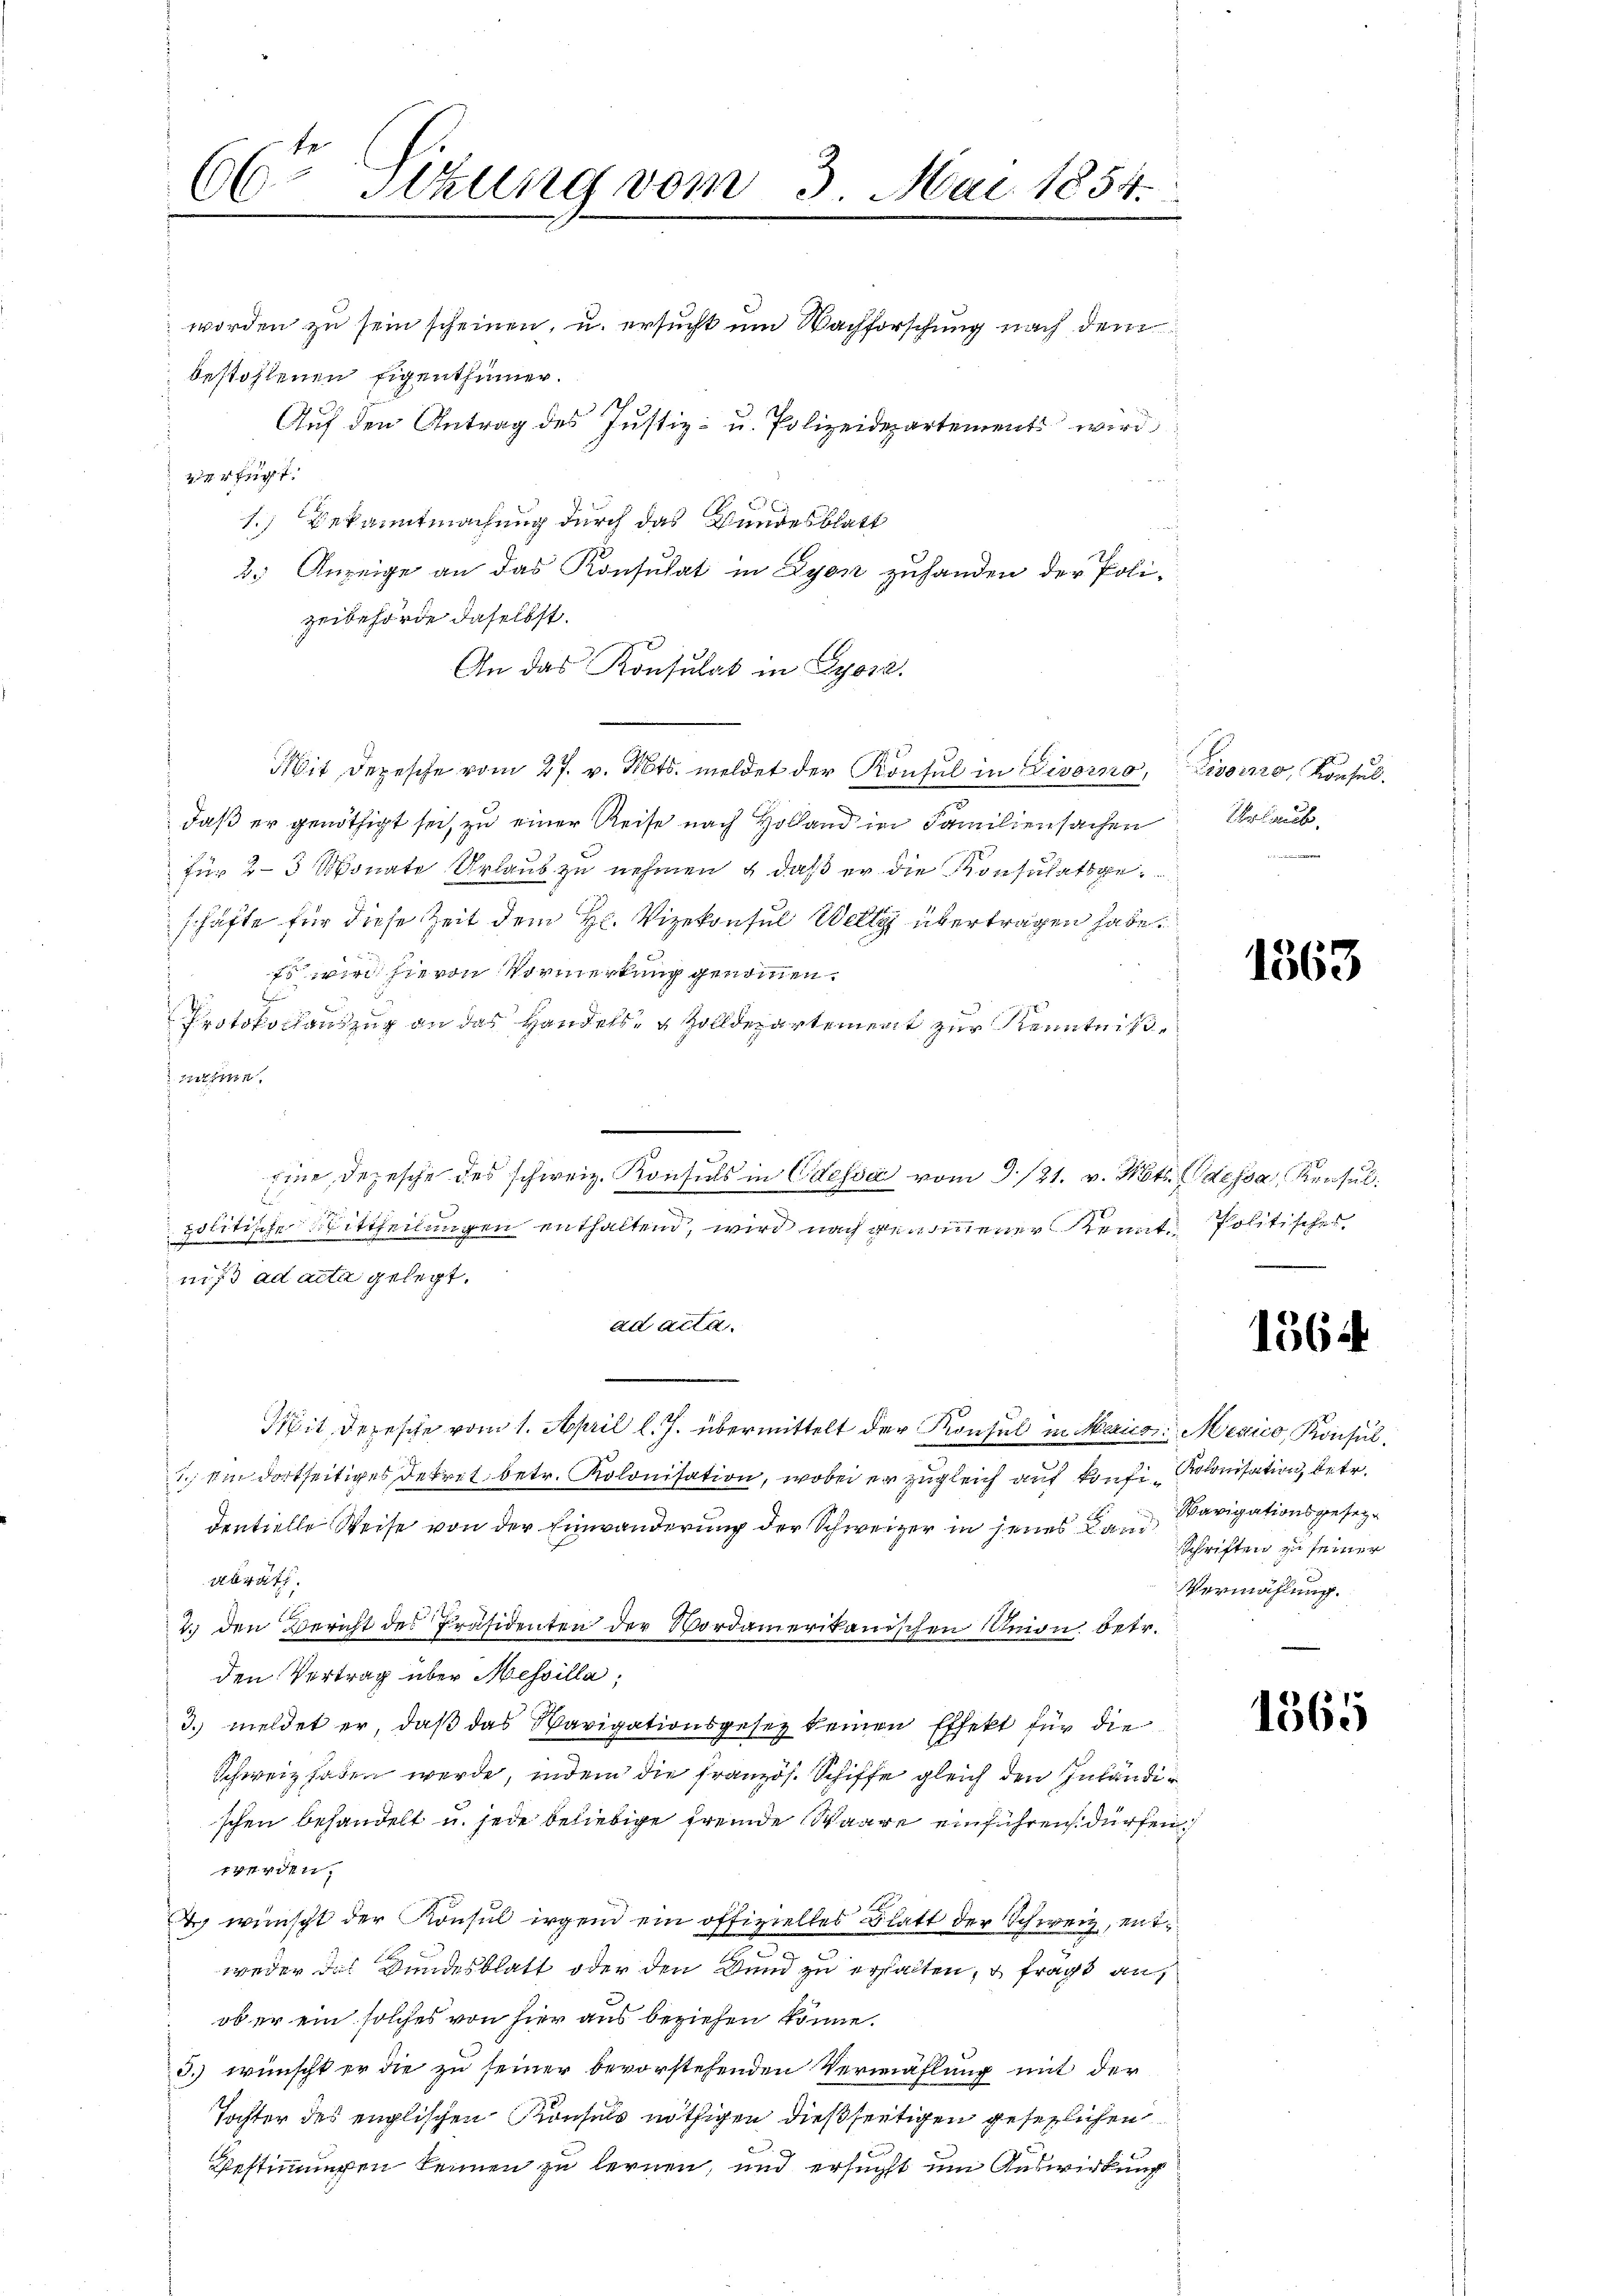
66 Itzung vom 3. Mai 1854.
e

worden zu sein scheinen, u. ersucht um Nachforschung nach dem
bestohlenen Eigenthümer.
Auf den Antrag des Justiz- u. Polizeidepartements wird
ct.
1.) Bekanntmachung durch das Bundesblatt
2.) Anzeige an das Konsulat in Lyen zuhanden der Polizeibehörde daselbst.
An das Konsulat in Lyose.
Mit Depesche vom 27. v. Mts. meldet der Konsul in Livorno, Livorno, Konsuldaß er genöthigt sei, zu einer Reise nach Holland in Familiensachen
für 2-3 Monate Urlaub zu nehmen & daß er die Konsulatsgeschäfte für diese Zeit dem H. Vizekonsul Welt übertragen habe.
Es wird hievon Vormerkung genommen.
b
Protokollauszug an das Handels- & Zolldepartement zur Kenntnißtfern.
.
politische Mittheilungen enthaltend, wird nach genommener Kennt Politische
niß ad acta gelegt.
ad acta.
Mit Depesche vom 1. April l. J. übermittelt der Konsul in Maris Mexico, Konsul¬
1.) Im dortseitiges Dekret betr. Kolonisation, wobei er zugleich auf konfi-Kolonisation, betr.
dentielle Weise von der Einwanderung der Schweizer in jenes den Savigationsgesetzabrath.
2.) den Bericht des Präsidenten der Vordamerikanischen Maion betr.
den Vertrag über Messilla,
3. meldet er, daß das Savigationsgesez keinen Effekt für die
Schweiz haben werde, indem die französ. Schiffe gleich den Inländischen behandelt u. jede beliebige Fremde Waare einführen dürfen
werden.
& wünscht der Konsul irgend ein offizielles Blatt der Schweiz, entweder das Bundesblatt oder den Band zu erhalten, u fragt an
ob er ein solches von hier aus beziehen könne.
3.) wünscht er die zu seiner bevorstehenden Vermählung mit der
Tochter des englischen Konsuls nöthigen dießseitigen gesezlichen
Bestimmungen kennen zu lernen, und ersucht um Auswirkung

Eine Depesche des schweiz. Konsuls in Odessa vom 3./21. v. Mts. dessa, Konsul

Urlaub.

1363

1564

sSchriften zu seiner
Vermählung.

1365